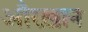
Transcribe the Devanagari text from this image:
औरख़ान